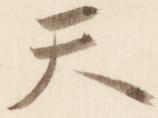
天